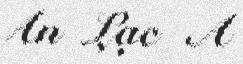
An Lạc A